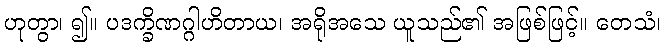
ဟုတွာ၊ ၍။ ပဒက္ခိဏဂ္ဂါဟိတာယ၊ အရိုအသေ ယူသည်၏ အဖြစ်ဖြင့်။ တေသံ၊